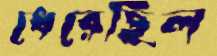
ধেরেছিল